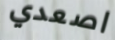
اصعدي